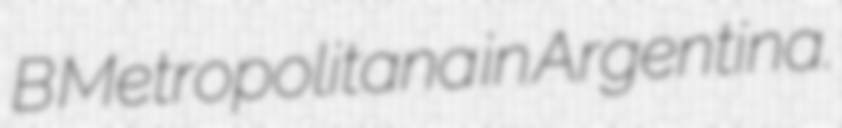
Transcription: B Metropolitana in Argentina.